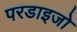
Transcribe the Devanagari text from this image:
परडाइजो